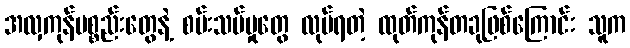
အလှကုန်ပစ္စည်းတွေနဲ့ စမ်းသပ်မှုတွေ လုပ်ရတဲ့ ထုတ်ကုန်တခုဖြစ်ကြောင်း သူက